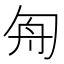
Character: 𠣘